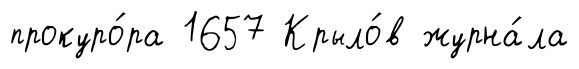
прокуро́ра 1657 Крыло́в журна́ла